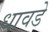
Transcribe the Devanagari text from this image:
धावडे